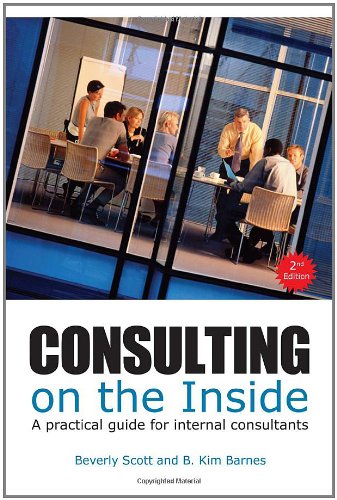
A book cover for Consulting on the Inside: An Internal Consultant's Guide to Living and Working Inside Organzizations; Beverly Scott; Business & Money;